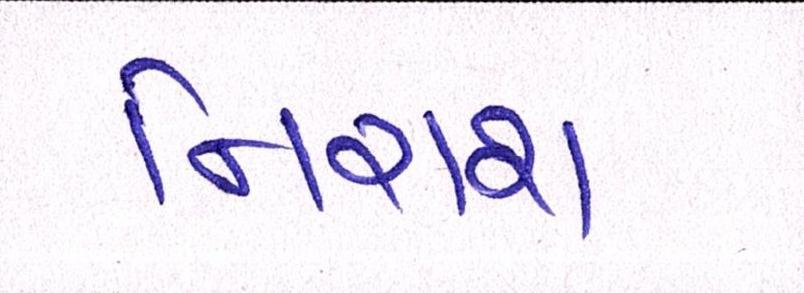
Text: નિરાશ